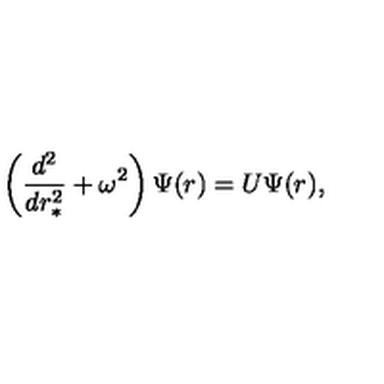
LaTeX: \left( \frac { d ^ { 2 } } { d r _ { \ast } ^ { 2 } } + \omega ^ { 2 } \right) \Psi ( r ) = U \Psi ( r ) ,